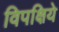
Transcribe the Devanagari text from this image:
विपक्षिये